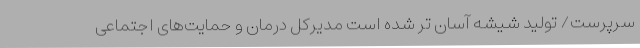
سرپرست/ تولید شیشه آسان تر شده است مدیرکل درمان و حمایت‌های اجتماعی